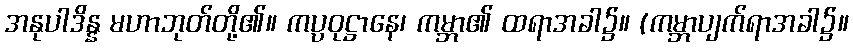
အနုပါဒိန္န မဟာဘုတ်တို့၏။ ကပ္ပဝုဋ္ဌာနေ၊ ကမ္ဘာ၏ ထရာအခါ၌။ (ကမ္ဘာပျက်ရာအခါ၌။